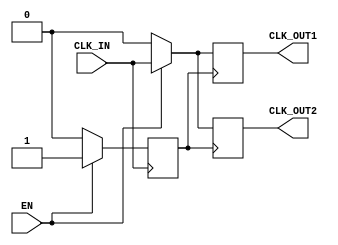
module BasicClockBuffer (
    input wire CLK_IN,       // Input clock signal
    input wire EN,          // Enable signal
    output reg CLK_OUT1,    // Buffered clock output 1
    output reg CLK_OUT2     // Buffered clock output 2 (optional)
);

    // Parameters for clock characteristics
    parameter CLK_FREQUENCY = 100_000_000; // Example frequency: 100 MHz
    parameter CLK_PERIOD = 1 / CLK_FREQUENCY * 1_000_000_000; // Clock period in ns

    // Internal signal for clock toggling
    reg clk_internal;

    // Clock buffer implementation
    always @(posedge CLK_IN) begin
        if (EN) begin
            // Pass the input clock to the output when enabled
            clk_internal <= 1'b1; // Set internal clock high
        end
        else begin
            // Hold the output low when disabled
            clk_internal <= 1'b0; // Set internal clock low
        end
    end

    // Generate buffered clock outputs
    always @(posedge clk_internal) begin
        if (EN) begin
            CLK_OUT1 <= CLK_IN; // Buffer output 1
            CLK_OUT2 <= CLK_IN; // Buffer output 2 (can be removed if not needed)
        end
        else begin
            CLK_OUT1 <= 1'b0;    // Hold output low when disabled
            CLK_OUT2 <= 1'b0;    // Hold output low when disabled
        end
    end

endmodule